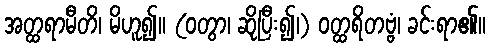
အတ္ထရာမီတိ၊ မိဟူ၍။ (ဝတွာ၊ ဆိုပြီး၍၊) ဝတ္ထရိတဗ္ဗံ၊ ခင်းရာ၏။